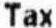
TAX